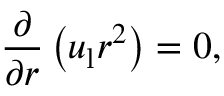
\frac { \partial } { \partial r } \left( u _ { \mathrm { l } } r ^ { 2 } \right) = 0 ,